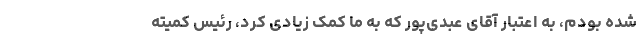
شده بودم، به اعتبار آقای عبدی‌پور که به ما کمک زیادی کرد، رئیس کمیته